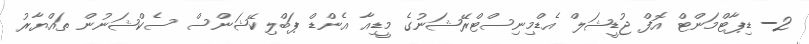
2- ޑިޕާޓްމަންޓް އޮފް ޖުޑީޝަލް އެޑްމިނިސްޓްރޭޝަނުގެ މީޑިއާ އެންޑް ޕަބްލިކޭޝަންސް ސެކްޝަނުން ތައްޔާރު